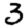
Digit: 3